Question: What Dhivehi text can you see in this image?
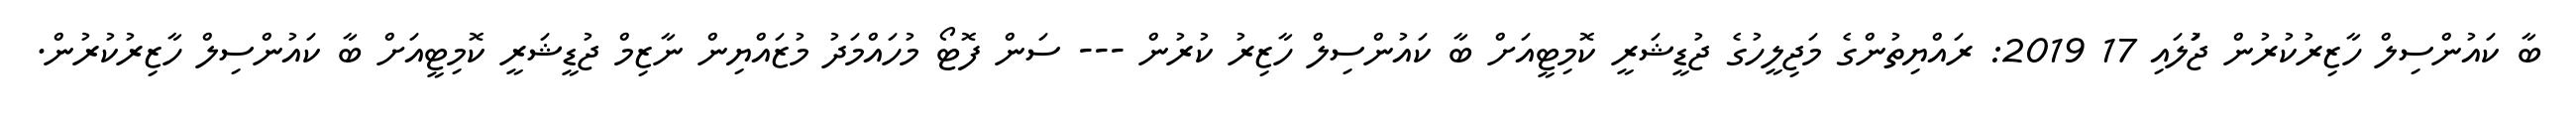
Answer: ބާ ކައުންސިލް ހާޒިރުކުރުން ޖުަލައި 17 2019: ރައްޔިތުންގެ މަޖިލީހުގެ ޖުޑީޝަރީ ކޮމިޓީއަށް ބާ ކައުންސިލް ހާޒިރު ކުރުން --- ސަން ފޮޓޯ މުހައްމަދު މުޒައްޔިން ނާޒިމް ޖުޑީޝަރީ ކޮމިޓީއަށް ބާ ކައުންސިލް ހާޒިރުކުރުން.